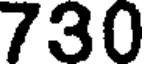
730